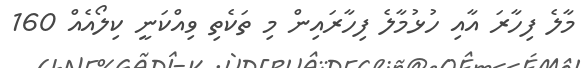
މާލެ ފިހާރަ އާއި ހުޅުމާލެ ފިހާރައިން މި ތަކެތި ވިއްކަނީ ކިލޯއެއް 160